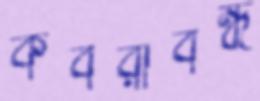
কবরীবন্ধ